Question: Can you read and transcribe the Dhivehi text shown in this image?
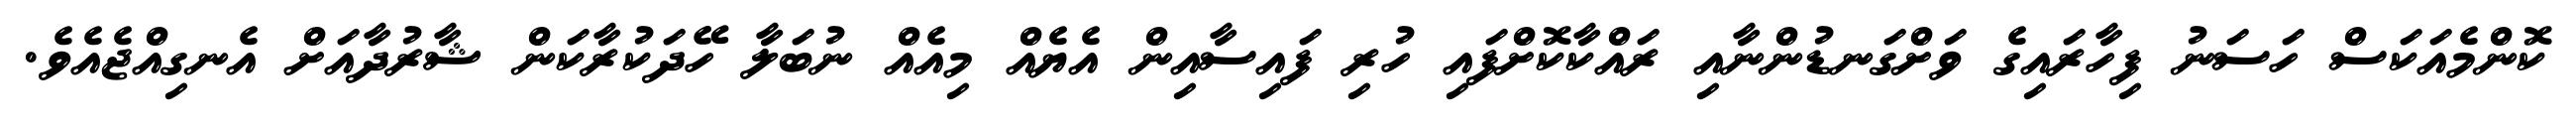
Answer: ކޮންމެއަކަސް ހަސަނު ފިހާރައިގެ ވަށްގަނޑުންނާއި ރައްކާކޮށްފައި ހުރި ފައިސާއިން އެޔެއް މިއެއް ނުބަލާ ހޭދަކުރާކަން ޝާރުދާއަށް އެނގިއްޖެއެވެ.